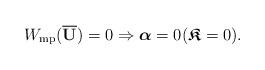
LaTeX: \begin{align*} W_{\rm{mp}}( \overline{ \mathbf{U}})=0\Rightarrow\boldsymbol{\alpha}=0 (\boldsymbol{\mathfrak{K}}=0). \end{align*}